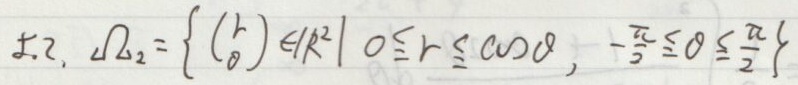
$5.2,\ \Omega_2=\left\{\begin{pmatrix} r \\ \theta \end{pmatrix}\in \mathbb{R}^2\mid 0\leq r\leq \cos\theta,\ -\frac{\pi}{2}\leq \theta\leq \frac{\pi}{2}\right\}$